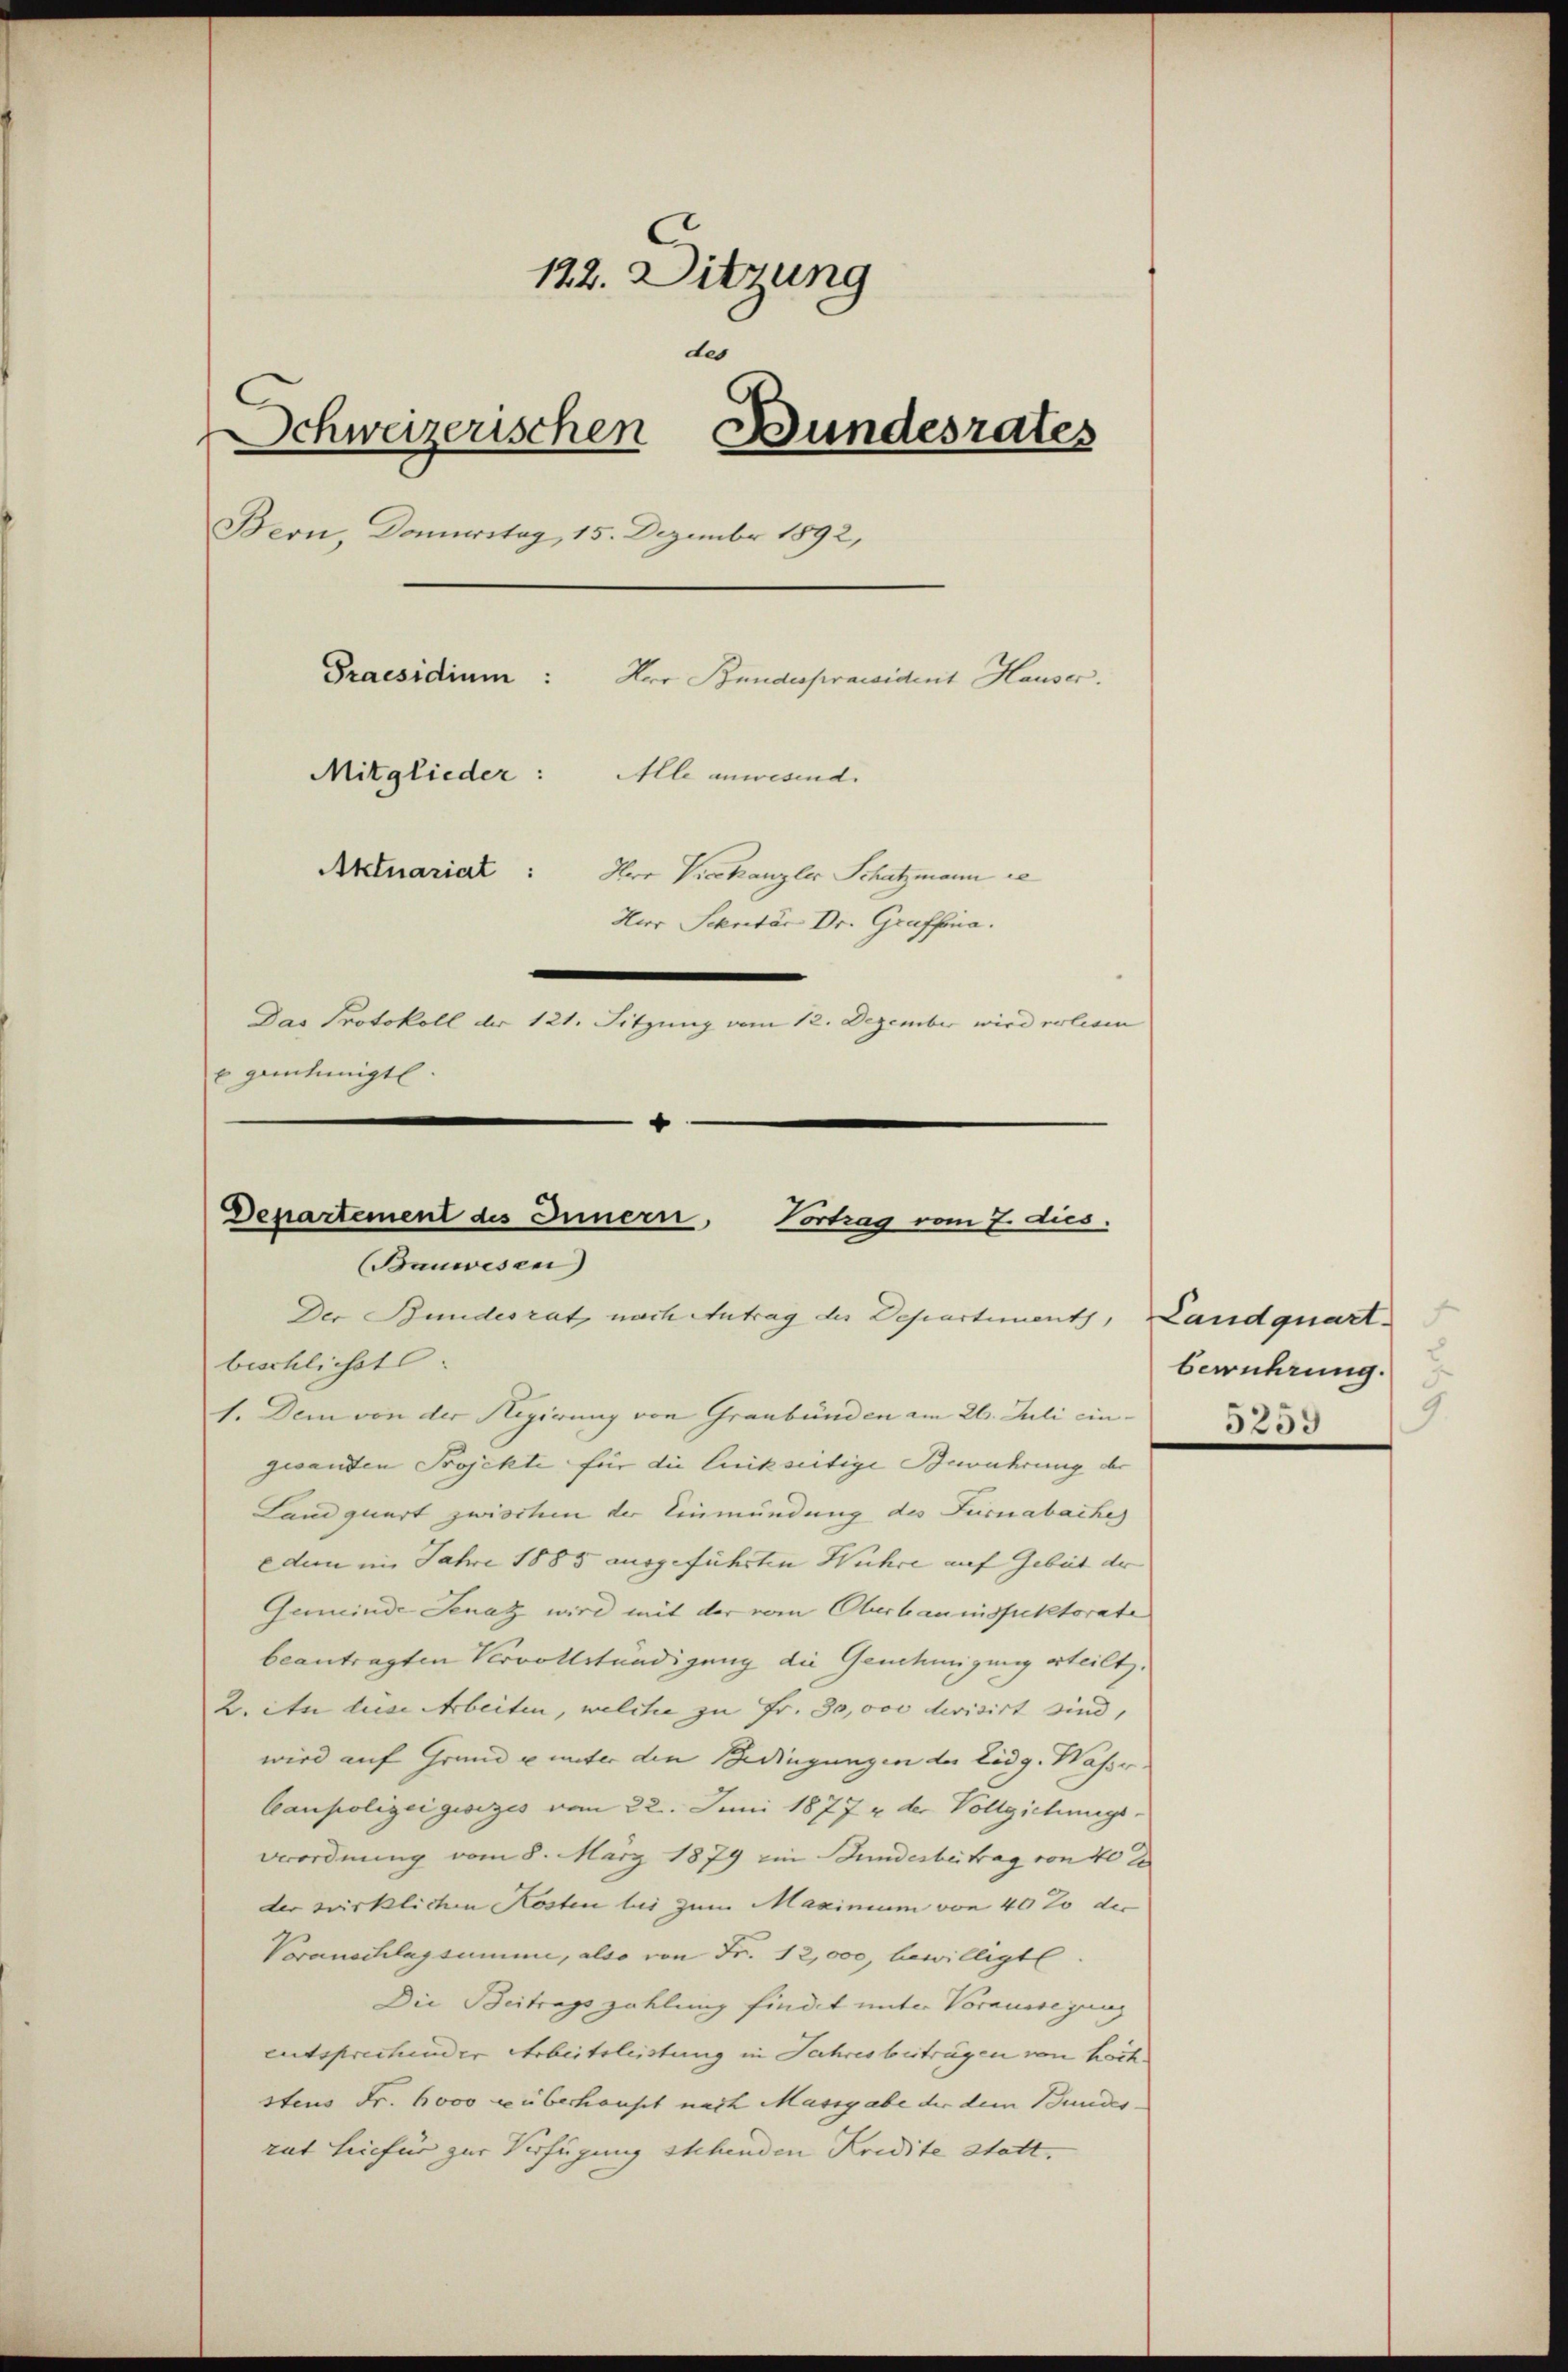
122. Ditzung
des
Schweizerischen Bundesrates
Beon, Domurstag, 15. Dezember 1892,
Praesidium: Herr Bundespraesident Hauser.
Mitglieder: Alle anwesend.
Aktuariat: Ihre Verkanzler Schatzmann re
Hur Schretär Dr. Graffena.
Das Protokoll der 121. Sitzung vom 12. Dezember wird erlieen
x genehmigt.
0

Departement des Innern, Vortrag vom 7. dus.
(Bauwesen
Der Bundesrat nach Antrag des Departements, Landquart
beschlichst
1. Dem von der Regierung von Graubünden am 26. Juli ein            233

gesanden Projekte für die luikseitige Bewahrung der
Landquart zwische der Einmündung des Turnabache
edum im Jahre 1885 ausgeführten Wuhre auf Gebiet der
Guminde Senatz wird mit der vom Oberbauinspektorate
beantragten Vervollständigung die Genehmigung erteilt.
2. in diese Arbeiten, welche zu Fr. 30,000 devisirt sind,
wird auf Grund u unter den Bedingungen der Eidg. Wasse
Caupolizei gesezes vom 22. Juni 1877 & der Vollziehungs-
deordnung vom 8. März 1879 ein Stundesbeitrag von 40 le
der wirklichen Kosten lui zum Maximum von 40% der
Voranschlagsumme, also von Fr. 12,000, bewilligt.
Die Beitrags zahlung findet unter Voraussegung
entsprechender Arbeitsleistung in Jahresbeiträgen von hoch.
stens Fr. 6000 überhaust nach Massgabe der dem Bundesrat hiefür zur Verfügung stehenden Kredite statt.

berührung.